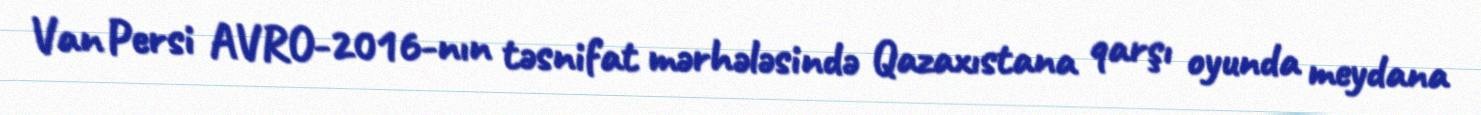
Van Persi AVRO-2016-nın təsnifat mərhələsində Qazaxıstana qarşı oyunda meydana